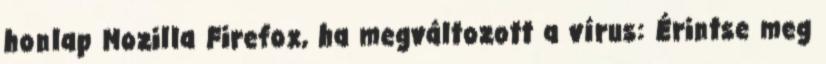
honlap Mozilla Firefox, ha megváltozott a vírus: Érintse meg